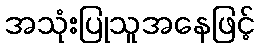
အသုံးပြုသူအနေဖြင့်